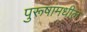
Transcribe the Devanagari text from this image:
पुरूषांमधील